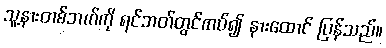
သူ့နားတစ်ဘက်ကို ရင်ဘတ်တွင်ကပ်၍ နားထောင် ပြန်သည်။